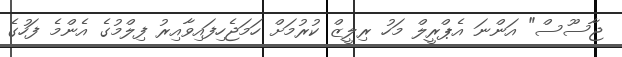
ޖާސޫސް" އަންނަ އެޕްރީލް މަހު ރިލީޒް ކުރުމަށް ހަމަޖެހިފައިވާއިރު ފިލްމުގެ އެންމެ ފަހުގެ